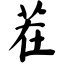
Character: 茬